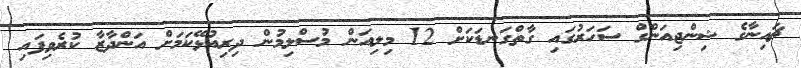
ޗައިނާގެ ޝިންޖިއަންގް ސަހަރުގައި ގާތްގަނޑަކަށް 12 މިލިއަން މުސްލިމުން ދިރިއުޅޭކަމަށް އަންދާޒާ ކުރެވިފައި